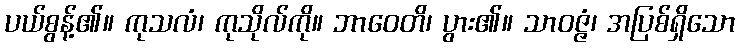
ပယ်စွန့်၏။ ကုသလံ၊ ကုသိုလ်ကို။ ဘာဝေတိ၊ ပွား၏။ သာဝဇ္ဇံ၊ အပြစ်ရှိသော